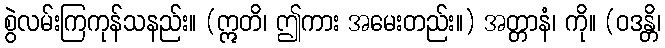
စွဲလမ်းကြကုန်သနည်း။ (ဣတိ၊ ဤကား အမေးတည်း။) အတ္တာနံ၊ ကို။ (ဝဒန္တိ၊